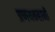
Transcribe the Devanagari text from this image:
प्रणयकहानी